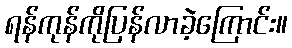
ရန်ကုန်ကိုပြန်လာခဲ့ကြောင်း။